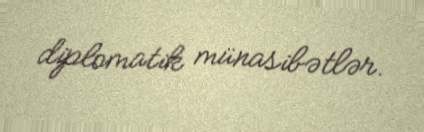
diplomatik münasibətlər.